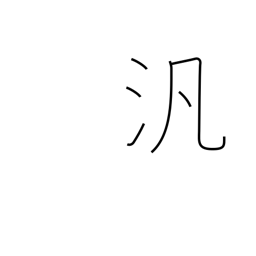
Meaning: pan-